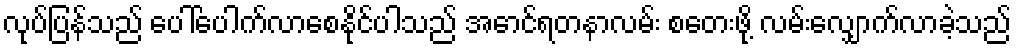
လုပ်ပြန်သည် ပေါ်ပေါက်လာစေနိုင်ပါသည် အောင်ရတနာလမ်း စတေးဖို့ လမ်းလျှောက်လာခဲ့သည်